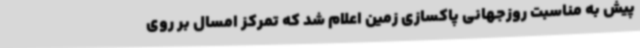
پیش به مناسبت روزجهانی پاکسازی زمین اعلام شد که تمرکز امسال بر روی